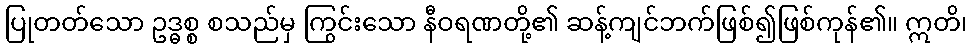
ပြုတတ်သော ဥဒ္ဓစ္စ စသည်မှ ကြွင်းသော နီဝရဏတို့၏ ဆန့်ကျင်ဘက်ဖြစ်၍ဖြစ်ကုန်၏။ ဣတိ၊